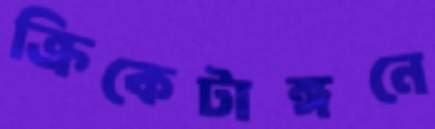
ক্রিকেটাঙ্গনে